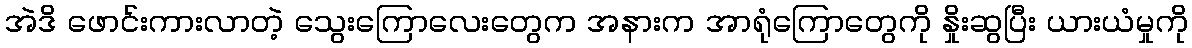
အဲဒိ ဖောင်းကားလာတဲ့ သွေးကြောလေးတွေက အနားက အာရုံကြောတွေကို နှိုးဆွပြီး ယားယံမှုကို